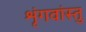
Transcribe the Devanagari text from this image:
शृंगवांस्तु